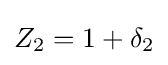
Z_{2}=1+\delta _{2}